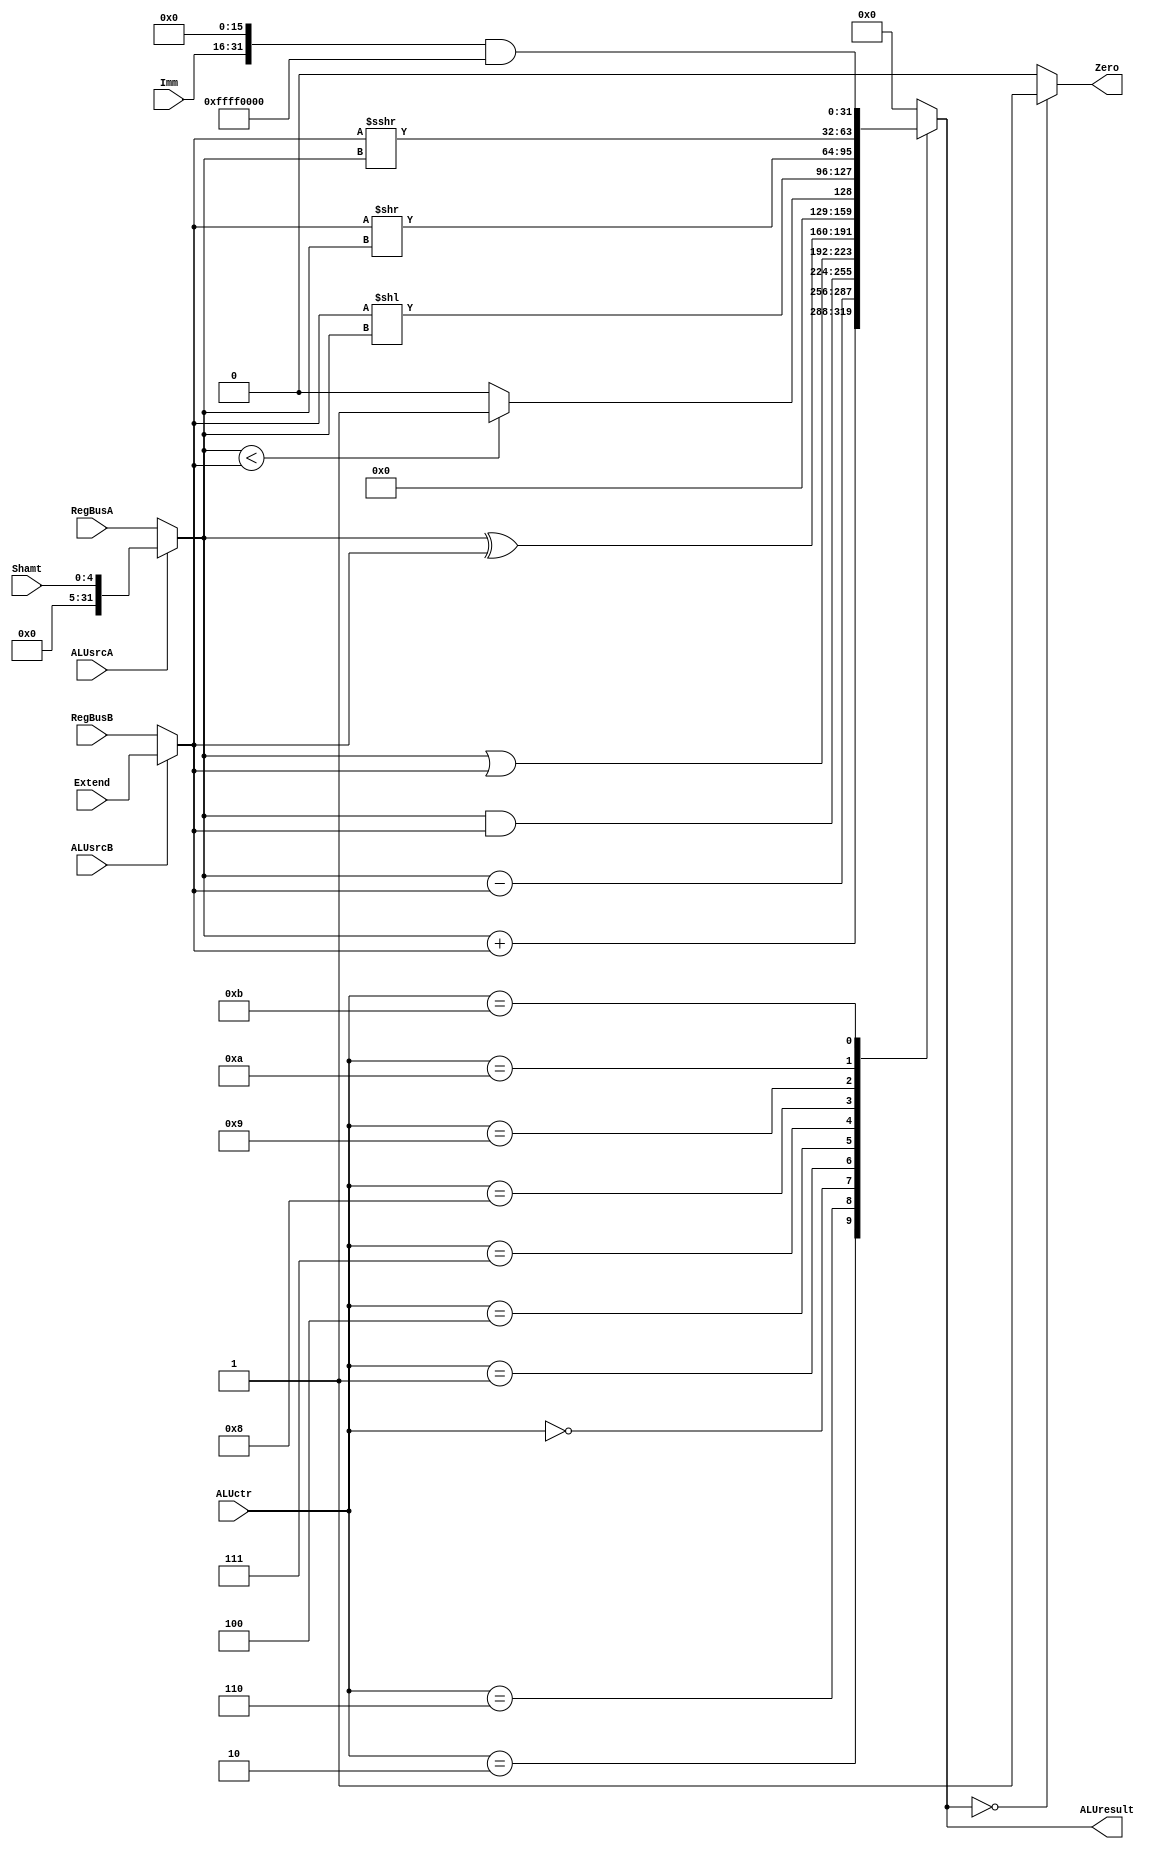
`timescale 1ns / 1ps
//////////////////////////////////////////////////////////////////////////////////
// Company: 
// Engineer: 
// 
// Design Name: 
// Module Name: ALU
// Project Name: 
// Target Devices: 
// Tool Versions: 
// Description: 
// 
// Dependencies: 
// 
// Revision:
// Revision 0.01 - File Created
// Additional Comments:
// 
//////////////////////////////////////////////////////////////////////////////////


module ALU
(
    input ALUsrcA,
    input ALUsrcB,
    input [31: 0] RegBusA,
    input [31: 0] RegBusB,
    input [4: 0] Shamt,
    input [15: 0] Imm,
    input [31: 0] Extend,
    input [3: 0] ALUctr,
    output reg Zero,
    output reg [31: 0] ALUresult
);
    
    reg [31: 0] A;
    reg [31: 0] B;

    always @(*) begin
        A = (ALUsrcA == 0) ? RegBusA : Shamt;
        B = (ALUsrcB == 0) ? RegBusB : Extend;
        case (ALUctr) 
            4'b0010: ALUresult = A + B;
            4'b0110: ALUresult = A - B;
            4'b0000: ALUresult = A & B;
            4'b0001: ALUresult = A | B;
            4'b0100: ALUresult = A ^ B;
            4'b0111: ALUresult = (A < B) ? 32'h00000001 : 32'h00000000;
            4'b1000: ALUresult = B << A;
            4'b1001: ALUresult = B >> A;
            4'b1010: ALUresult = ($signed(B)) >>> A;
            4'b1011: ALUresult = (Imm << 16) & 32'hffff0000; 
            default: ALUresult = 0;
        endcase
        Zero = (ALUresult == 0) ? 1 : 0;
        // $display("aluctr:%b, A:%d, B:%d, res:%d", ALUctr, A, B, ALUresult);
    end
endmodule